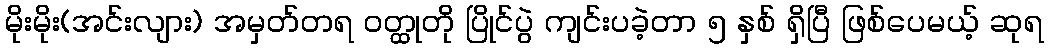
မိုးမိုး(အင်းလျား) အမှတ်တရ ဝတ္ထုတို ပြိုင်ပွဲ ကျင်းပခဲ့တာ ၅ နှစ် ရှိပြီ ဖြစ်ပေမယ့် ဆုရ